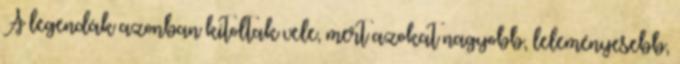
A legendák azonban kitoltak vele, mert azokat nagyobb, leleményesebb,